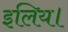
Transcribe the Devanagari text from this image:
इलिय।